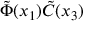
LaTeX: \tilde { \Phi } ( x _ { 1 } ) \tilde { C } ( x _ { 3 } )